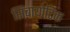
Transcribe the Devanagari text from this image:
सिंबायोटिक